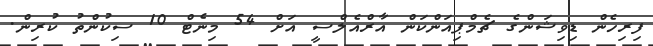
ފިރިހެން ޑިވިޝަންގެ ޗެމްޕިއަންކަން އާރްއެލްސީ އަށް 54 މިނެޓް 10 ސިކުންތު ކުރިން.